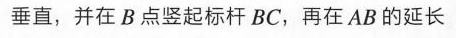
垂直，并在B点竖起标杆BC，再在AB的延长